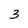
Character: 3